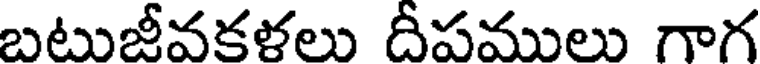
బటుజీవకళలు దీపములు గాగ